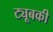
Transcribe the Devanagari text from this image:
ट्यूबकी